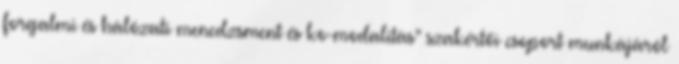
forgalmi és hálózati menedzsment és ko-modalitás” szakértői csoport munkájáról